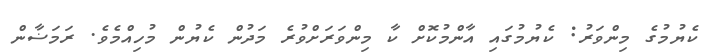
ކެޔުމުގެ މިންވަރު: ކެޔުމުގައި އާންމުކޮށް ކާ މިންވަރަށްވުރެ މަދުން ކެޔުން މުހިއްމެވެ. ރަމަޟާން